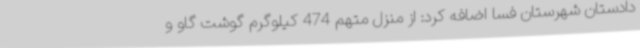
دادستان شهرستان فسا اضافه کرد: از منزل متهم 474 کیلوگرم گوشت گاو و